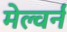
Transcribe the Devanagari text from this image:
मेल्वर्न